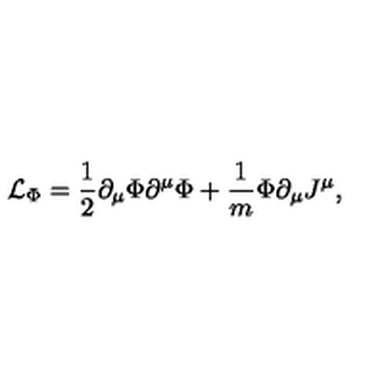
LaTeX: { \cal L } _ { \Phi } = \frac { 1 } { 2 } \partial _ { \mu } \Phi \partial ^ { \mu } \Phi + \frac { 1 } { m } \Phi \partial _ { \mu } J ^ { \mu } ,